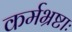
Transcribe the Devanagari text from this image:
कर्मभ्रष्टाः